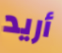
أريد